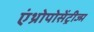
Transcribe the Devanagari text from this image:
एंथ्रोपोसेंट्रीज्म